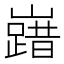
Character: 𡽞